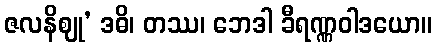
ဇလနိဈု’ ဒဓိ၊ တဿ၊ ဘေဒါ ခီရဏ္ဏဝါဒယော။